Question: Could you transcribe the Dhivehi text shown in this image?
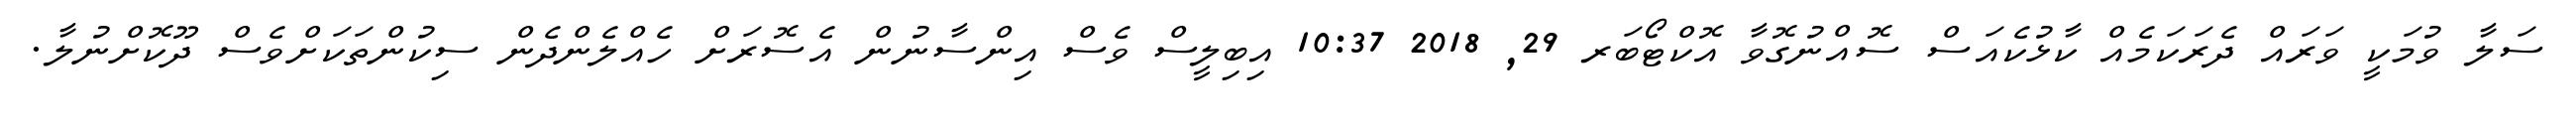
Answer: ސަލާ ވުމަކީ ވަރައް ދެރަކަމެއް ކާޅުކެއަސް ސޮއްނުގޮވާ އޮކްޓޯބަރ 29, 2018 10:37 އިބިލީސް ވެސް އިންސާނުން އެސޮރަށް ހެއްލެންދެން ސިކުންތަކަށްވެސް ދޫކޮށްނުލާ.